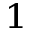
_ 1